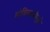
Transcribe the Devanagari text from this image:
मांदियाळीमुळे